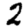
Digit: 2